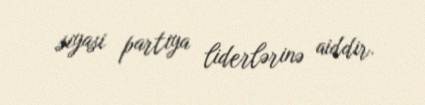
siyasi partiya liderlərinə aiddir.